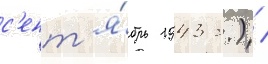
с'ент'я́брь 1943 г.) /